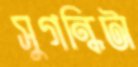
সুগন্ধিটা